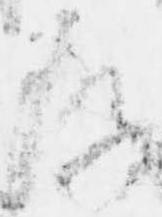
存